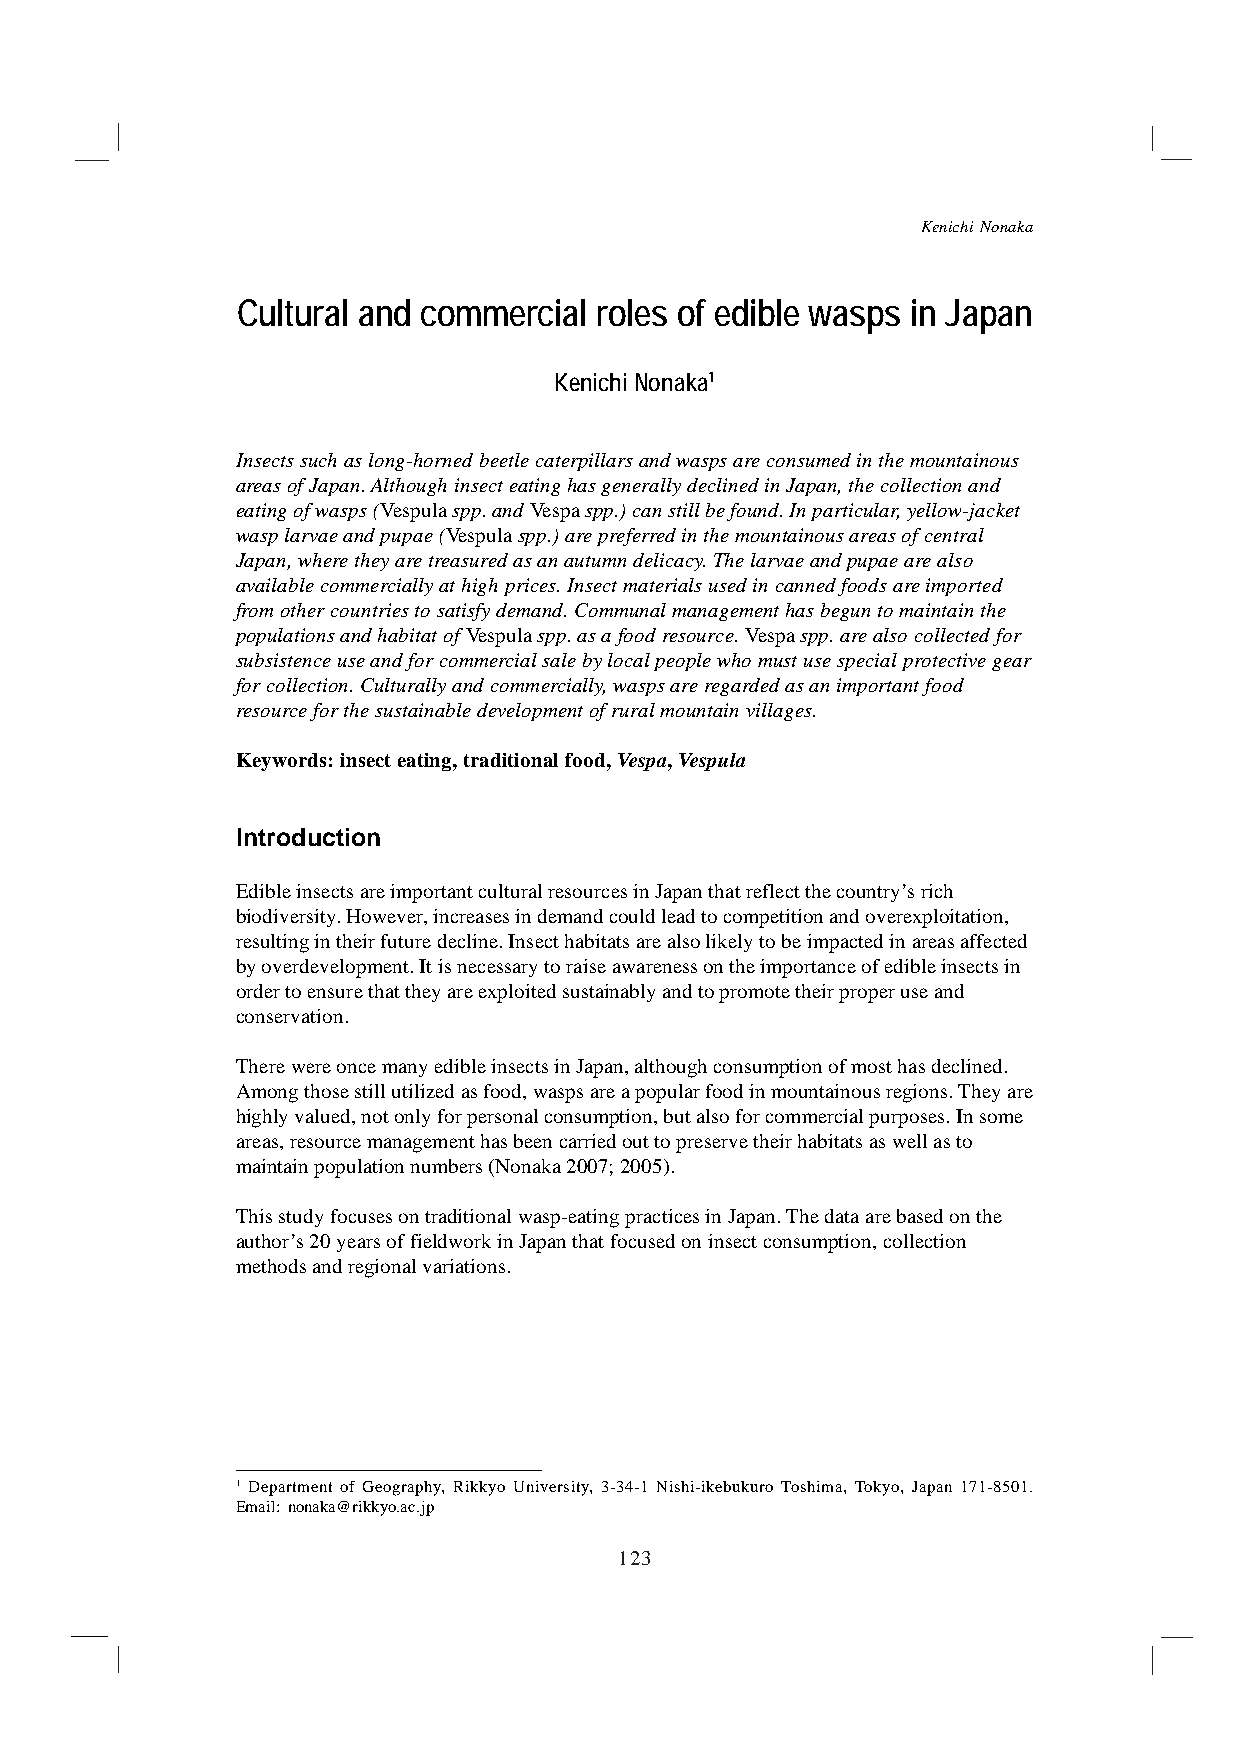
Kenichi Nonaka
 Cultural and commercial roles of edible wasps in Japan
 Kenichi Nonaka1
 Insects such as long-horned beetle caterpillars and wasps are consumed in the mountainous
 areas of Japan. Although insect eating has generally declined in Japan, the collection and
 eating of wasps (Vespula spp. and Vespa spp.) can still be found. In particular, yellow-jacket
 wasp larvae and pupae (Vespula spp.) are preferred in the mountainous areas of central
 Japan, where they are treasured as an autumn delicacy. The larvae and pupae are also
 available commercially at high prices. Insect materials used in canned foods are imported
 from other countries to satisfy demand. Communal management has begun to maintain the
 populations and habitat of Vespula spp. as a food resource. Vespa spp. are also collected for
 subsistence use and for commercial sale by local people who must use special protective gear
 for collection. Culturally and commercially, wasps are regarded as an important food
 resource for the sustainable development of rural mountain villages.
 Keywords: insect eating, traditional food, Vespa, Vespula
 Introduction
 Edible insects are important cultural resources in Japan that reflect the country’s rich
 biodiversity. However, increases in demand could lead to competition and overexploitation,
 resulting in their future decline. Insect habitats are also likely to be impacted in areas affected
 by overdevelopment. It is necessary to raise awareness on the importance of edible insects in
 order to ensure that they are exploited sustainably and to promote their proper use and
 conservation.
 There were once many edible insects in Japan, although consumption of most has declined.
 Among those still utilized as food, wasps are a popular food in mountainous regions. They are
 highly valued, not only for personal consumption, but also for commercial purposes. In some
 areas, resource management has been carried out to preserve their habitats as well as to
 maintain population numbers (Nonaka 2007; 2005).
 This study focuses on traditional wasp-eating practices in Japan. The data are based on the
 author’s 20 years of fieldwork in Japan that focused on insect consumption, collection
 methods and regional variations.
 1 Department of Geography, Rikkyo University, 3-34-1 Nishi-ikebukuro Toshima, Tokyo, Japan 171-8501.
 Email: nonaka@rikkyo.ac.jp
 123